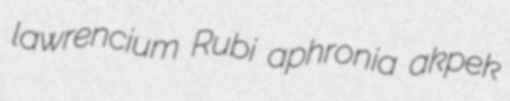
lawrencium Rubi aphronia akpek